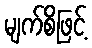
မျက်စိဖြင့်